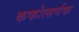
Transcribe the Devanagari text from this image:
कफोत्सर्गक